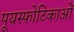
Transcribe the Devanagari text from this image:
पूयस्फोटिकाओं